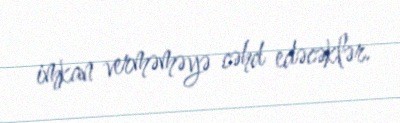
imkan verməməyə cəhd edəcəklər.